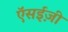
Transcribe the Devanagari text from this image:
ऍसईज़ी